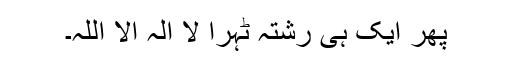
پھر ایک ہی رشتہ ٹہرا لا الہ الا اللہ۔